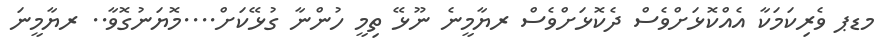
މޑޕ ވެރިކަމަކާ އެއްކޮޅަށްވެސް ދެކޮޅަށްވެސް ރޔާމީނެ ނޫޅޭ ތިމީ ހުންނާ ގުޅޭކަށް....މޮޔަނުގޮވާ.. ރޔާމީނަ